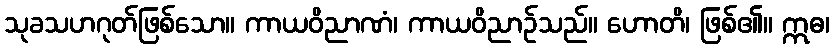
သုခသဟဂုတ်ဖြစ်သော။ ကာယဝိညာဏံ၊ ကာယဝိညာဉ်သည်။ ဟောတိ၊ ဖြစ်၏။ ဣဓ၊